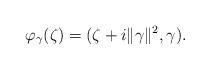
LaTeX: \begin{align*}\varphi_\gamma(\zeta)=(\zeta+i\|\gamma\|^2,\gamma).\end{align*}